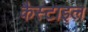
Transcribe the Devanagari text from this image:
कैस्टाइल